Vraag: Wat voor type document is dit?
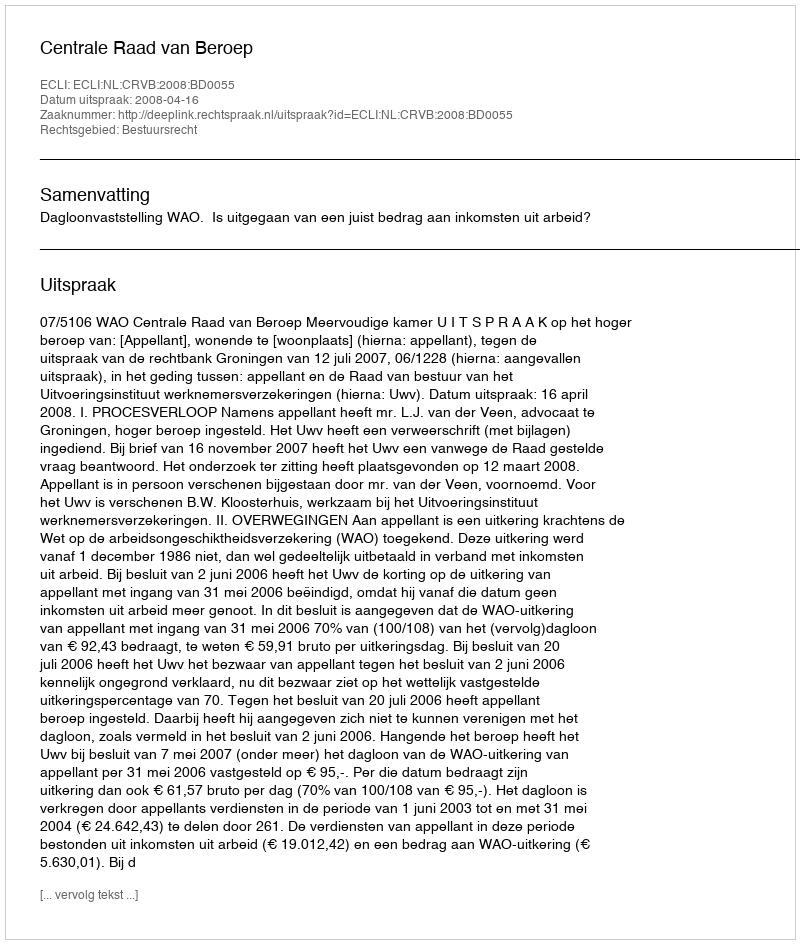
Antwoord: Uitspraak